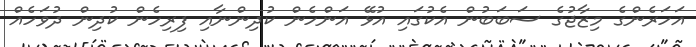
އަހަރެންގެ މިޒާޖުގެ ސަބަބުން އެކުގައި އުޅޭ އަންހެން ކުދިންނާއި ފިރިހެން ކުދިން ދުވަހެއް